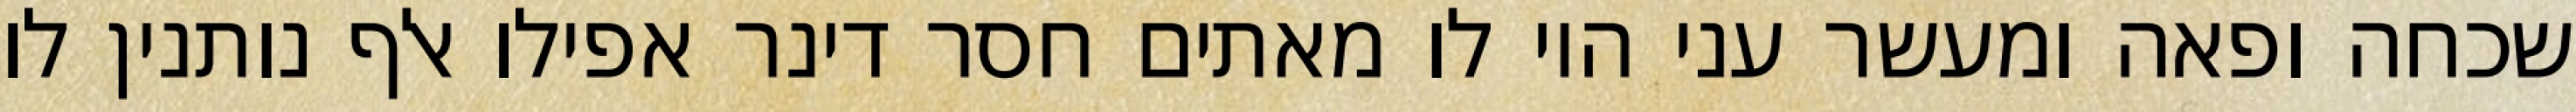
שכחה ופאה ומעשר עני היו לו מאתים חסר דינר אפילו אלף נותנין לו